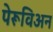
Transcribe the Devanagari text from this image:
पेरूविअन